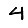
Digit: 4